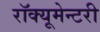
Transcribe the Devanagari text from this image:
रॉक्यूमेन्टरी